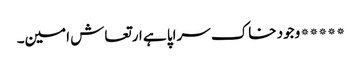
*****وجود خاک سراپا ہے ارتعاش امین۔